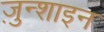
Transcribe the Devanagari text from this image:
ज़ुन्शाइन